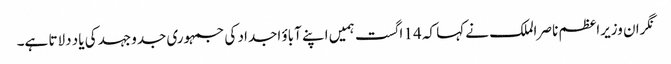
نگران وزیراعظم ناصر الملک نے کہا کہ 14 اگست ہمیں اپنے آباؤ اجداد کی جمہوری جدوجہد کی یاد دلاتا ہے۔